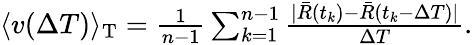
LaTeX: \begin{array}{r}{\langle v(\Delta T)\rangle_{\textnormal{T}}=\frac{1}{n-1}\sum_{k=1}^{n-1}\frac{\vert\bar{R}(t_{k})-\bar{R}(t_{k}-\Delta T)\vert}{\Delta T}.}\end{array}